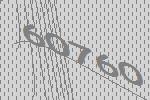
60760